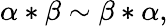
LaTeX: \alpha*\beta\sim\beta*\alpha,